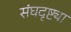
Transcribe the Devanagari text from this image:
संघदृष्ट्या